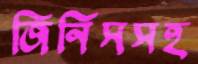
জিনিসসহ